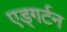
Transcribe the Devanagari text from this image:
एड्गर्टन